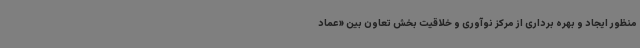
منظور ایجاد و بهره برداری از مرکز نوآوری و خلاقیت بخش تعاون بین «عماد